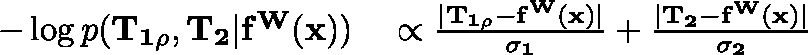
\begin{array} { r l } { - \log p ( \mathbf { T _ { 1 \rho } } , \mathbf { T _ { 2 } } | \mathbf { f ^ { W } ( x ) } ) } & { { } \propto \frac { | \mathbf { T _ { 1 \rho } - \mathbf { f ^ { W } ( x ) } } | } { \mathbf { \sigma _ { 1 } } } + \frac { | \mathbf { T _ { 2 } - \mathbf { f ^ { W } ( x ) } } | } { \mathbf { \sigma _ { 2 } } } } \end{array}